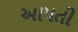
આ૫તી